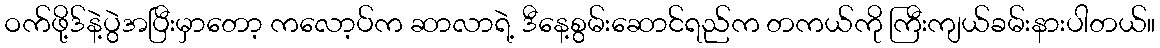
ဝက်ဖို့ဒ်နဲ့ပွဲအပြီးမှာတော့ ကလော့ပ်က ဆာလာရဲ့ ဒီနေ့စွမ်းဆောင်ရည်က တကယ်ကို ကြီးကျယ်ခမ်းနားပါတယ်။